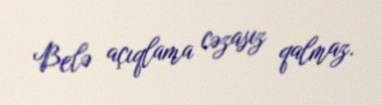
Belə açıqlama cəzasız qalmaz.